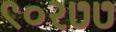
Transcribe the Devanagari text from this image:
९०२७७